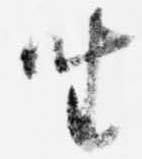
坐